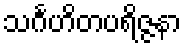
သင်္ဂဟိတပရိဇ္ဇနာ